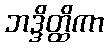
ဘဒ္ဒိတ္ထိကာ